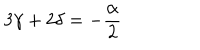
3 \gamma + 2 \delta = - \frac { \alpha } { 2 }